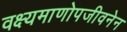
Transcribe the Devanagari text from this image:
वक्ष्यमाणोपजीवनेन